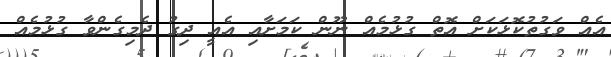
އެއް ވަގުތުކޮޅަކަށް އޮތް ގުޅުމެއް ނޫން ކަމަށާއި އެއީ ދިގު ދެމިގެންވާ ގުޅުމެއް